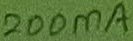
Text: 200mA